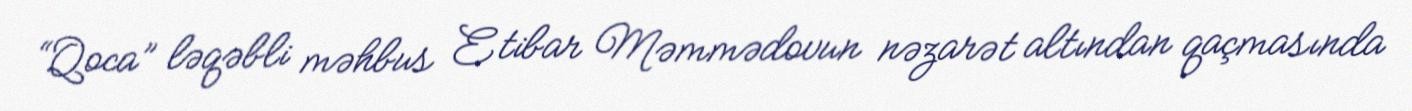
“Qoca” ləqəbli məhbus Etibar Məmmədovun nəzarət altından qaçmasında